Civil Veterinary Dept. North-West Frontier Province 1923-32 - 1923-1932
Year: 1923
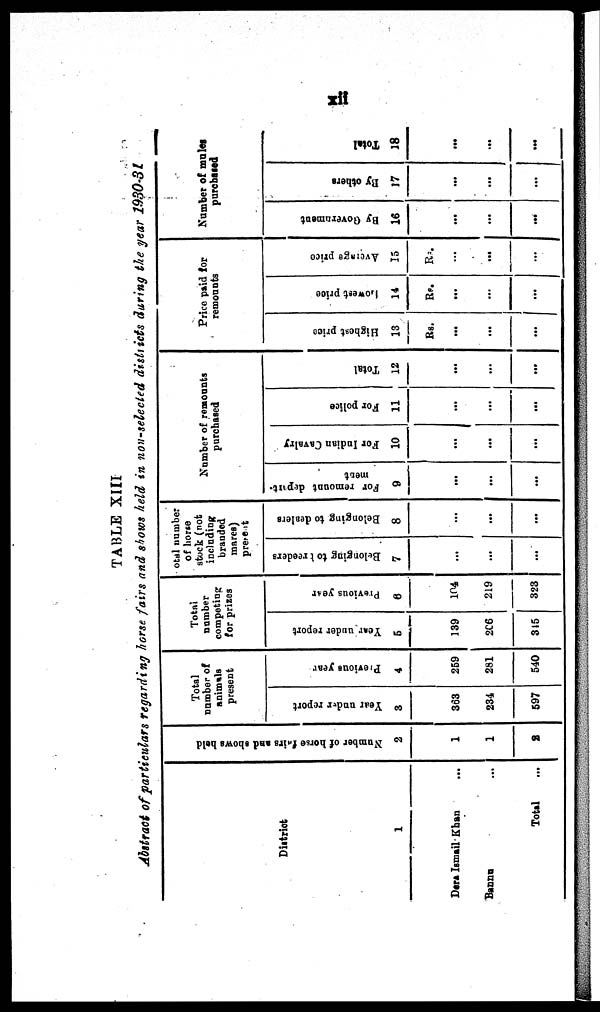
xii
TABLE XIII
Abstract of particulars regarding horse fairs and shows held in non-selected districts during the year 2930-31
District
1
Dera Ismail Khan ...
Banna ...
Total ...
Number of horse fairs
and shows held
2
1
1
2
Total
number of
animals
present
Year under report
3
363
234
597
Previous year
4
259
281
540
Total
number
competing
for prizes
Year under report
5
139
206
315
Previous year
6
104
219
323
Total number
of horse
stock (not
including
branded
mares)
present
Belonging to Prceders
7
...
...
...
Belonging to dealers
8
...
...
...
Number of remounts
purchased
For remount deput-
ment
9
...
...
...
For Indian Cavalry
10
...
...
...
For police
11
...
...
...
Total
12
...
...
...
Price paid for
remounts
Highest price
13
Rs.
...
...
...
Lowest price
14
Rs.
...
...
...
Average price
15
Rs.
...
...
...
Number of mules
purchased
By Government
16
...
...
...
By others
17
...
...
...
Total
18
...
...
...